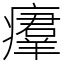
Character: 㿏